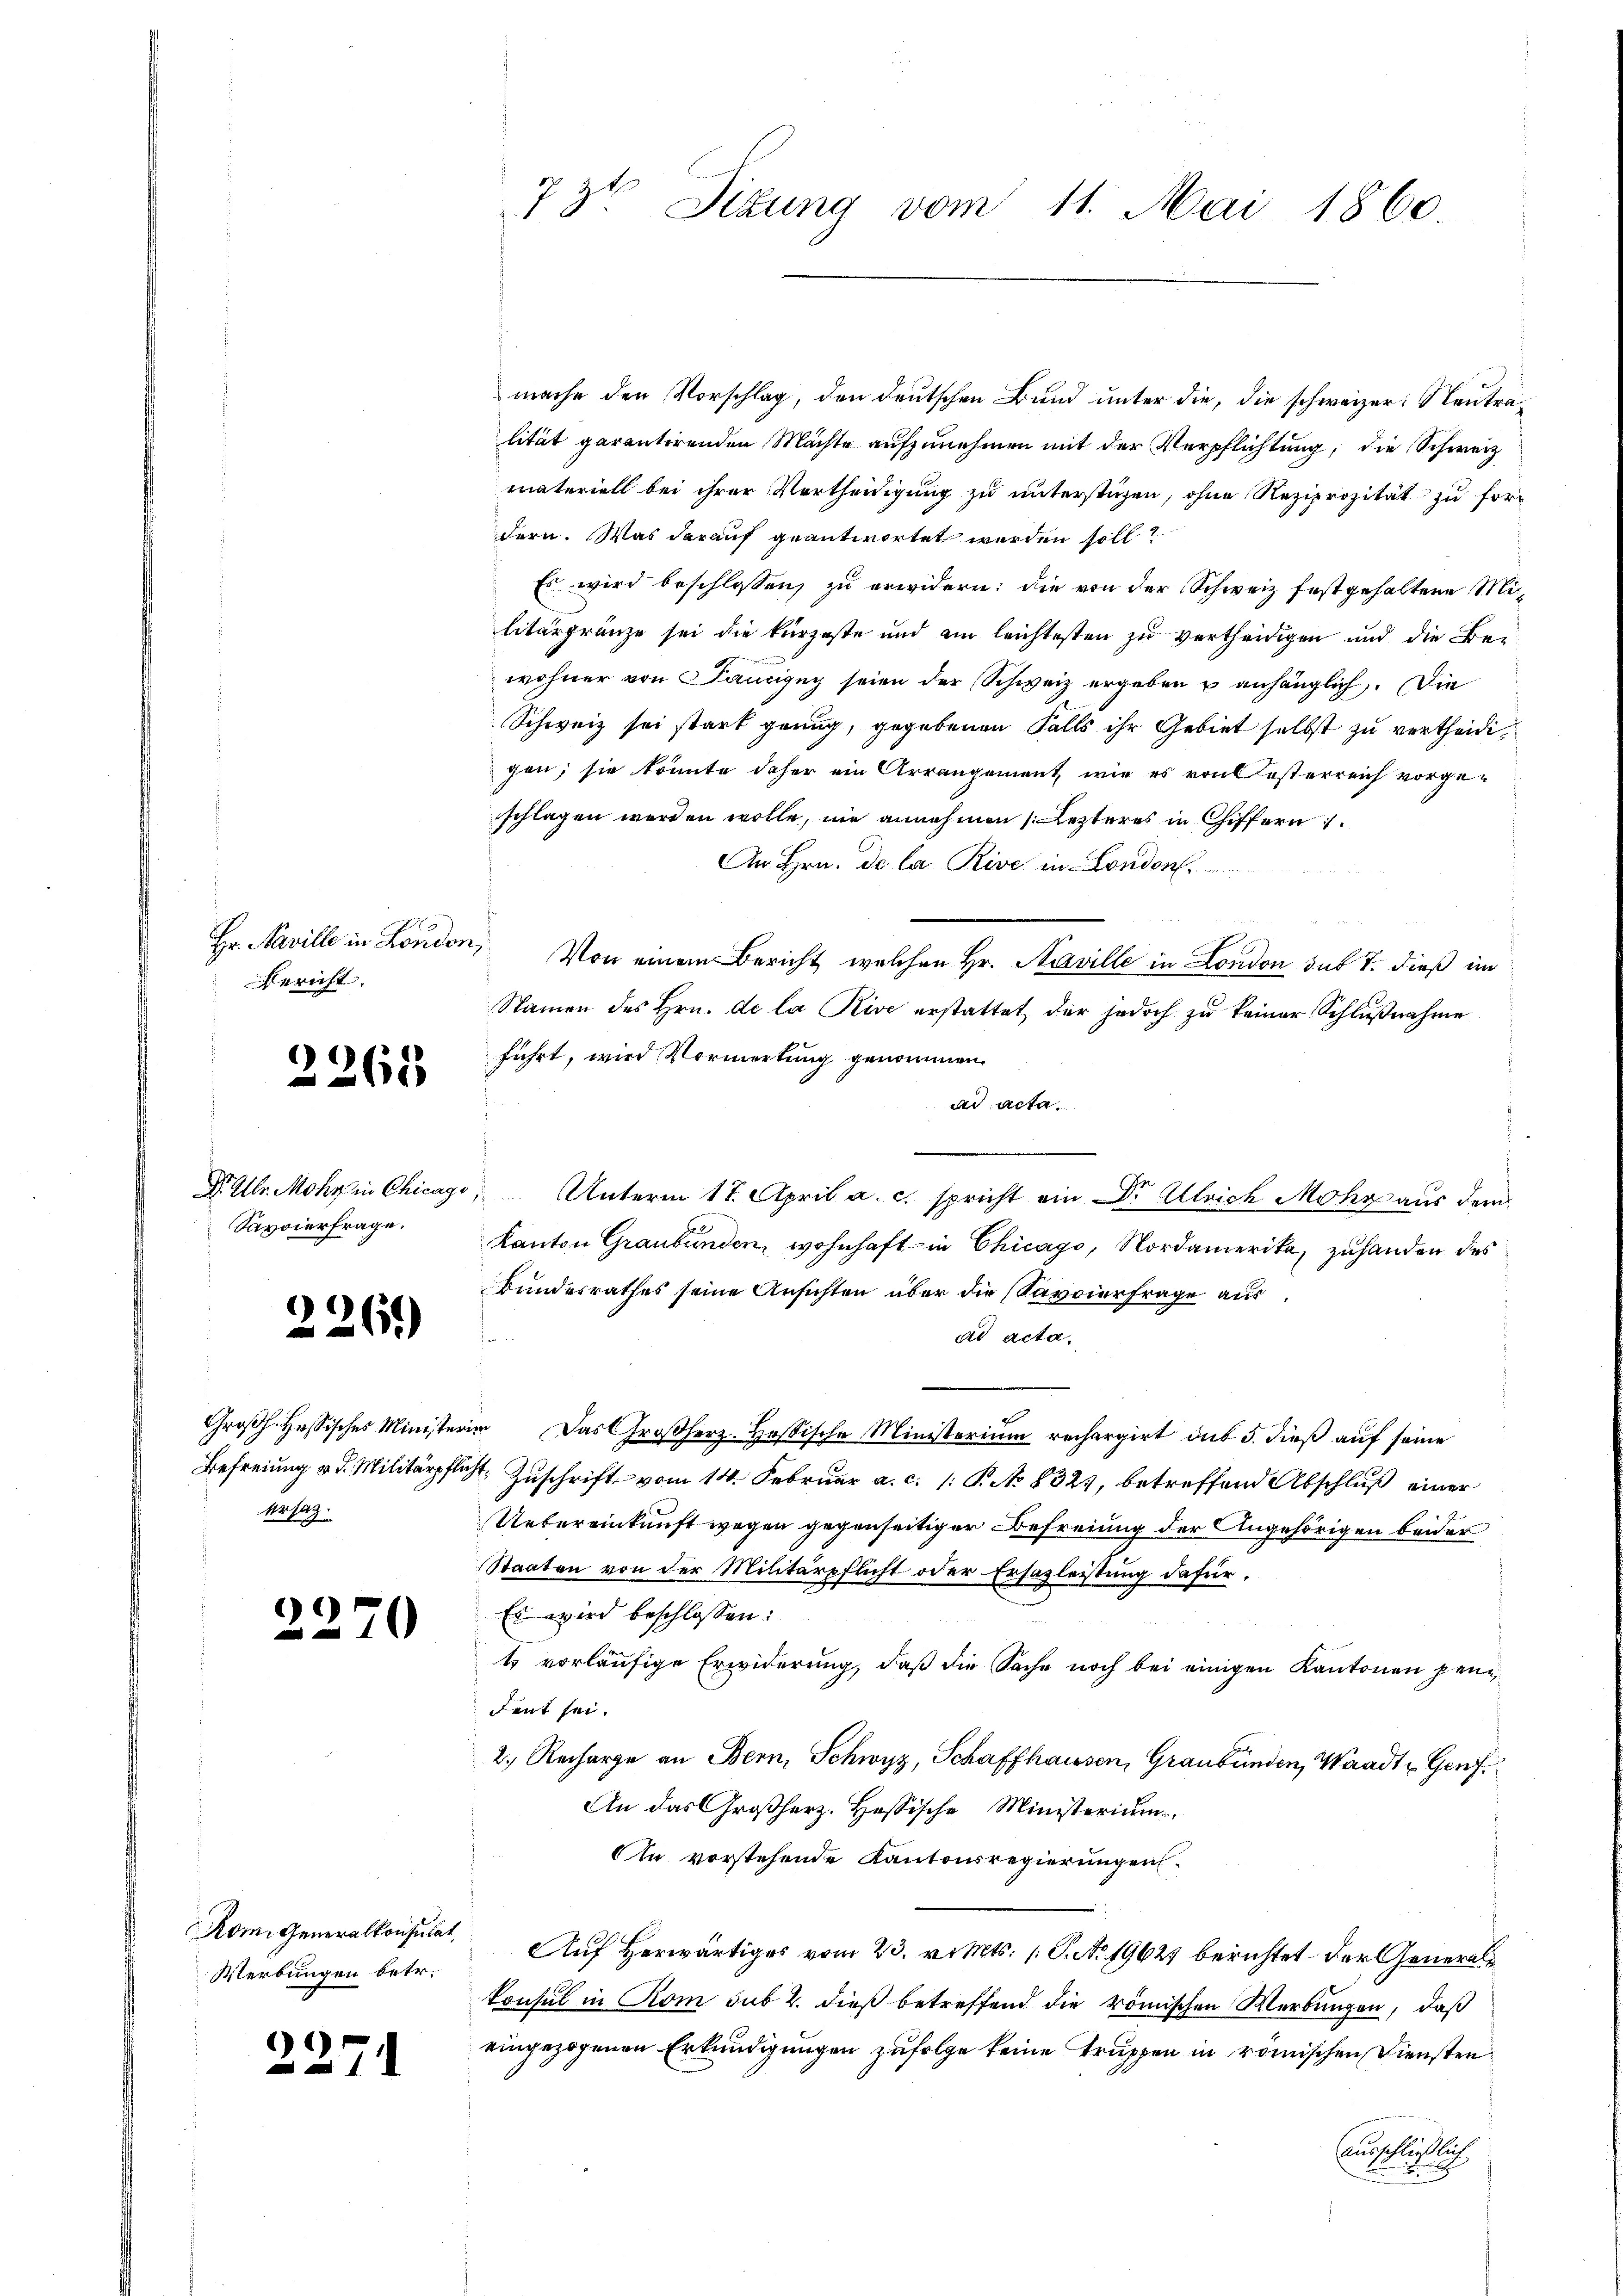
Hr. Naville in Londor
Bericht,

2265

Dr. Gr. Mohr in Chicag
Savvierfrage,

2261)

Großh. Hessisches Minister
Befreiung v. d. Militärpflich
ersatz.

c
10

Kom. Generalkonsulat,
Werbungen betr.

)
11

73ten Sizung vom 11. Mai 1860.

mache den Vorschlag, den deutschen Bund unter die, die schweizer: Neutralität garantirenden Mächte aufzunehmen mit der Verpflichtung, die Schweiz
materiell bei ihrer Vortheidigung zu unterstüzen, ohne Reziprozität zu fordern. Was darauf geantwortet werden soll?
Es wird beschlossen, zu erwidern: die von der Schweiz festgehaltene Militärgränze sei die kürzeste und ein leichtesten zu vertheidigen und die Beiwohner von Panizeg seien der Schweiz ergeben u anhänglich. Die
Schweiz sei stark genug, gegebenen Falls ihr Gebiet selbst zu vertheidigen; sie könnte daher ein Arrangement wie es von Oesterreich vorgeschlagen werden wolle, nie annehmen letzteres in Chiffern
An Hrn. de la Rive in London.
 Von einem Bericht welchen Hr. Naville in London sub 7. dieß im
Namen des Hrn. De la Rive erstattet, der jedoch zu keiner Schlußnahme
führt, wird Vormerkung genommen.
ad acta.
Unterm 17. April a. c. spricht ein Dr. Alleich Mohr aus dem
Kanton Graubünden, wohnhaft in Chicago, Nordamerika, zuhanden des
bundesrathes seine Ansichten über die Savoierfrage aus
ad acta.
 Das Großherz-Hosische Ministerium rechargirt du 5. dieß auf seine
 Zuschrift vom 14. Februar a. c. [ P. No 8324, betreffend Abschluß einer
Uebereinkunft wegen gegenseitiger Befreiung der Angehörigen beider
Staaten von der Militärpflicht oder Ersazleistung dafür.
Es wird beschlossen:
t vorläufige Erwiderung, daß die Sache noch bei einigen Kantonen pendent sei.
2. Recharge an Bern, Schwyz, Schaffhausen, Graubünden, Waadt Genf
An das Großherz. Hessische Ministerium,
An vorstehende Kantonsregierungen.
Aŭf herwärtiges vom 23. v. Mts. 1. P. No. 19627 berichtet der Generalkonsul in Rom sub 2. dieß betreffend die römischen Werbungen, daß
eingezogenen Erkundigungen zufolge keine Truppen in römischen Diensten
ausschlätlich